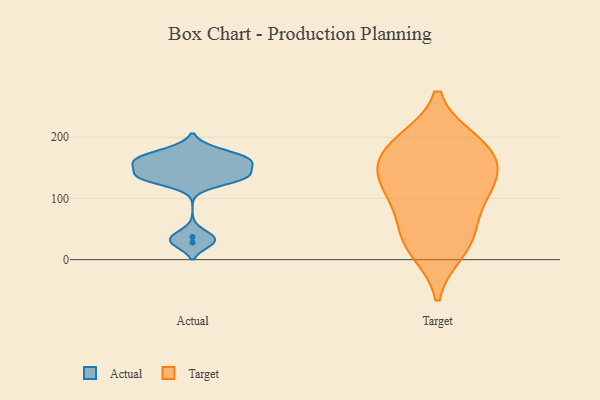
{"axis": {"x": "Humidity (%)", "y": "Value"}, "legend": ["Actual", "Target"], "data": [{"x": "", "y": 136, "type": "Actual"}, {"x": "", "y": 135, "type": "Actual"}, {"x": "", "y": 135, "type": "Actual"}, {"x": "", "y": 166, "type": "Actual"}, {"x": "", "y": 37, "type": "Actual"}, {"x": "", "y": 159, "type": "Actual"}, {"x": "", "y": 28, "type": "Actual"}, {"x": "", "y": 161, "type": "Actual"}, {"x": "", "y": 132, "type": "Actual"}, {"x": "", "y": 160, "type": "Actual"}, {"x": "", "y": 179, "type": "Actual"}, {"x": "", "y": 180, "type": "Target"}, {"x": "", "y": 118, "type": "Target"}, {"x": "", "y": 192, "type": "Target"}, {"x": "", "y": 161, "type": "Target"}, {"x": "", "y": 91, "type": "Target"}, {"x": "", "y": 185, "type": "Target"}, {"x": "", "y": 129, "type": "Target"}, {"x": "", "y": 16, "type": "Target"}, {"x": "", "y": 31, "type": "Target"}, {"x": "", "y": 129, "type": "Target"}, {"x": "", "y": 47, "type": "Target"}]}